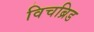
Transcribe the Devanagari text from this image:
विचब्रिड